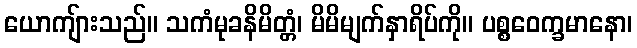
ယောကျ်ားသည်။ သကံမုခနိမိတ္တံ၊ မိမိမျက်နှာရိပ်ကို။ ပစ္စဝေက္ခမာနော၊